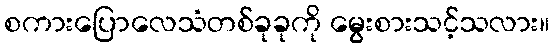
စကားပြောလေသံတစ်ခုခုကို မွေးစားသင့်သလား။